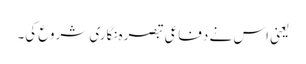
یعنی اس نے دفاعی تبصرہ نگاری شروع کی۔